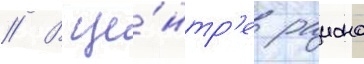
// В це́нтр'е раиона